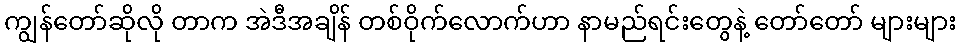
ကျွန်တော်ဆိုလို တာက အဲဒီအချိန် တစ်ဝိုက်လောက်ဟာ နာမည်ရင်းတွေနဲ့ တော်တော် များများ